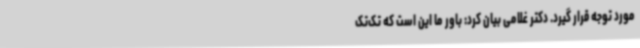
مورد توجه قرار گیرد. دکتر غلامی بیان کرد: باور ما این است که تک‌تک